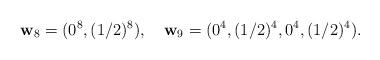
LaTeX: \begin{align*}{\bf w}_8=(0^8,(1/2)^8),\quad{\bf w}_9=(0^4,(1/2)^4,0^4,(1/2)^4).\end{align*}